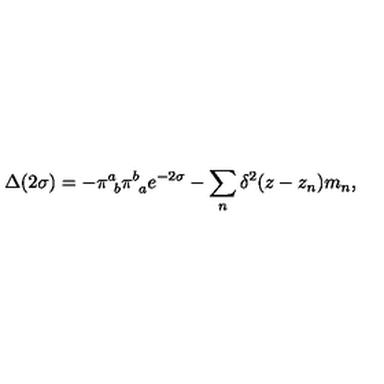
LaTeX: \Delta ( 2 \sigma ) = - \pi _ { \ b } ^ { a } \pi _ { \ a } ^ { b } e ^ { - 2 \sigma } - \sum _ { n } \delta ^ { 2 } ( z - z _ { n } ) m _ { n } ,